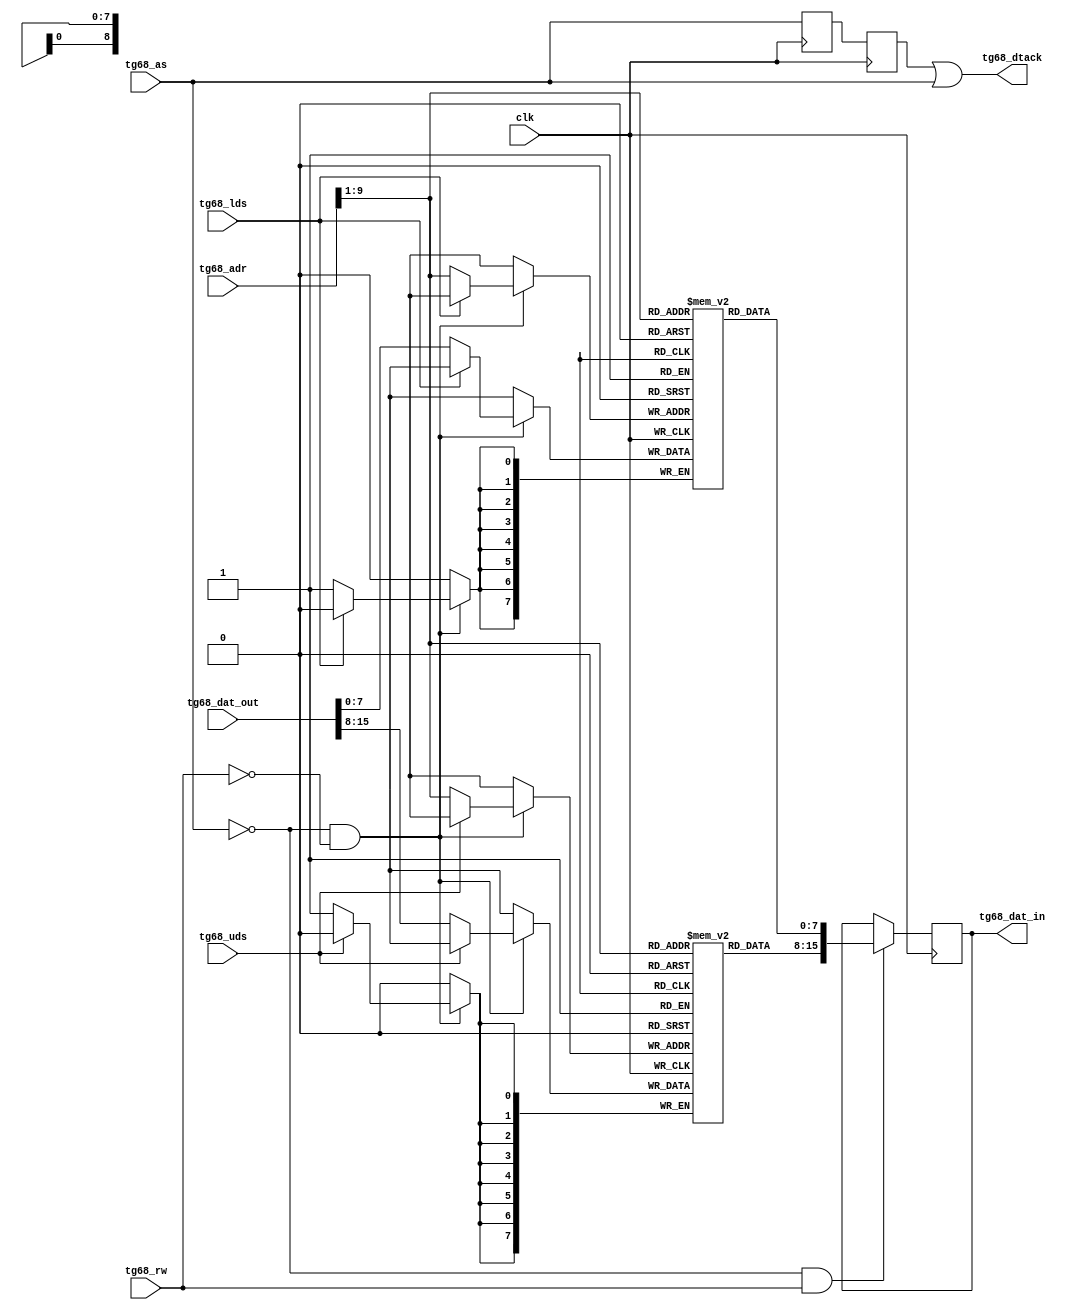
module tg68_ram #(
  parameter MS = 512
)(
  input  wire           clk,
  input  wire           tg68_as,
  input  wire [ 32-1:0] tg68_adr,
  input  wire           tg68_rw,
  input  wire           tg68_lds,
  input  wire           tg68_uds,
  input  wire [ 16-1:0] tg68_dat_out,
  output wire [ 16-1:0] tg68_dat_in,
  output wire           tg68_dtack
);

// memory
reg  [8-1:0] mem0 [0:MS-1];
reg  [8-1:0] mem1 [0:MS-1];

// internal signals
reg  [16-1:0] mem_do = 0;
reg           trn = 1;
reg           ack = 1;

// clear on start
integer i;
initial begin
  for (i=0; i<MS; i=i+1) begin
    mem1[i] = 0;
    mem0[i] = 0;
  end
end

// read
always @ (posedge clk) begin
  if (!tg68_as && tg68_rw) mem_do <= #1 {mem1[tg68_adr[31:1]], mem0[tg68_adr[31:1]]};
end

//write
always @ (posedge clk) begin
  if (!tg68_as && !tg68_rw) begin
    if (!tg68_uds) mem1[tg68_adr[31:1]] <= #1 tg68_dat_out[15:8];
    if (!tg68_lds) mem0[tg68_adr[31:1]] <= #1 tg68_dat_out[7:0];
  end
end

// acknowledge
always @ (posedge clk) begin
  trn <= #1 tg68_as;
  ack <= #1 trn;
end

// outputs
assign tg68_dat_in = mem_do;
assign tg68_dtack = ack || tg68_as; // TODO

// load task
task load;
  input [1024*8-1:0] file;
  reg [16-1:0] memory[0:MS-1];
  reg [16-1:0] dat;
  integer i;
begin
  $readmemh(file, memory);
  for (i=0; i<MS; i=i+1) begin
    dat = memory[i];
    mem1[i] = dat[15:8];
    mem0[i] = dat[7:0];
  end
end
endtask


endmodule